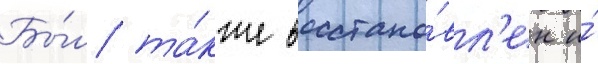
Бы́л та́кже восстано́вл'ен и́